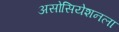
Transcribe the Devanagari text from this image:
असोसियेशनला